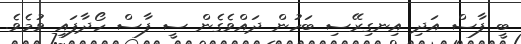
ބީ ފާސް އަދި އިނގިރޭސި ބަހުން ދައްވެގެން ސީ ފާސް ހޯދާފައި ވުމެވެ.